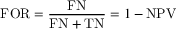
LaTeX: \mathrm { F O R } = { \frac { \mathrm { F N } } { \mathrm { F N } + \mathrm { T N } } } = 1 - \mathrm { N P V }